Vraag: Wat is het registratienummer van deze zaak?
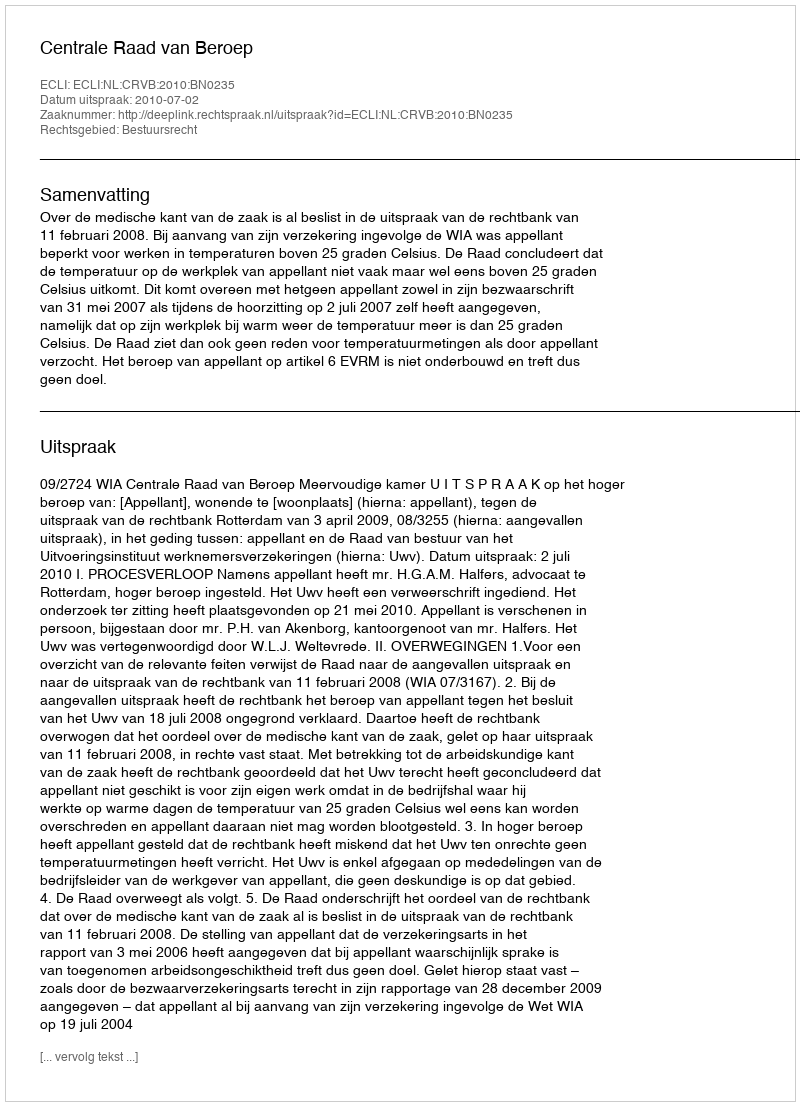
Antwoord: http://deeplink.rechtspraak.nl/uitspraak?id=ECLI:NL:CRVB:2010:BN0235